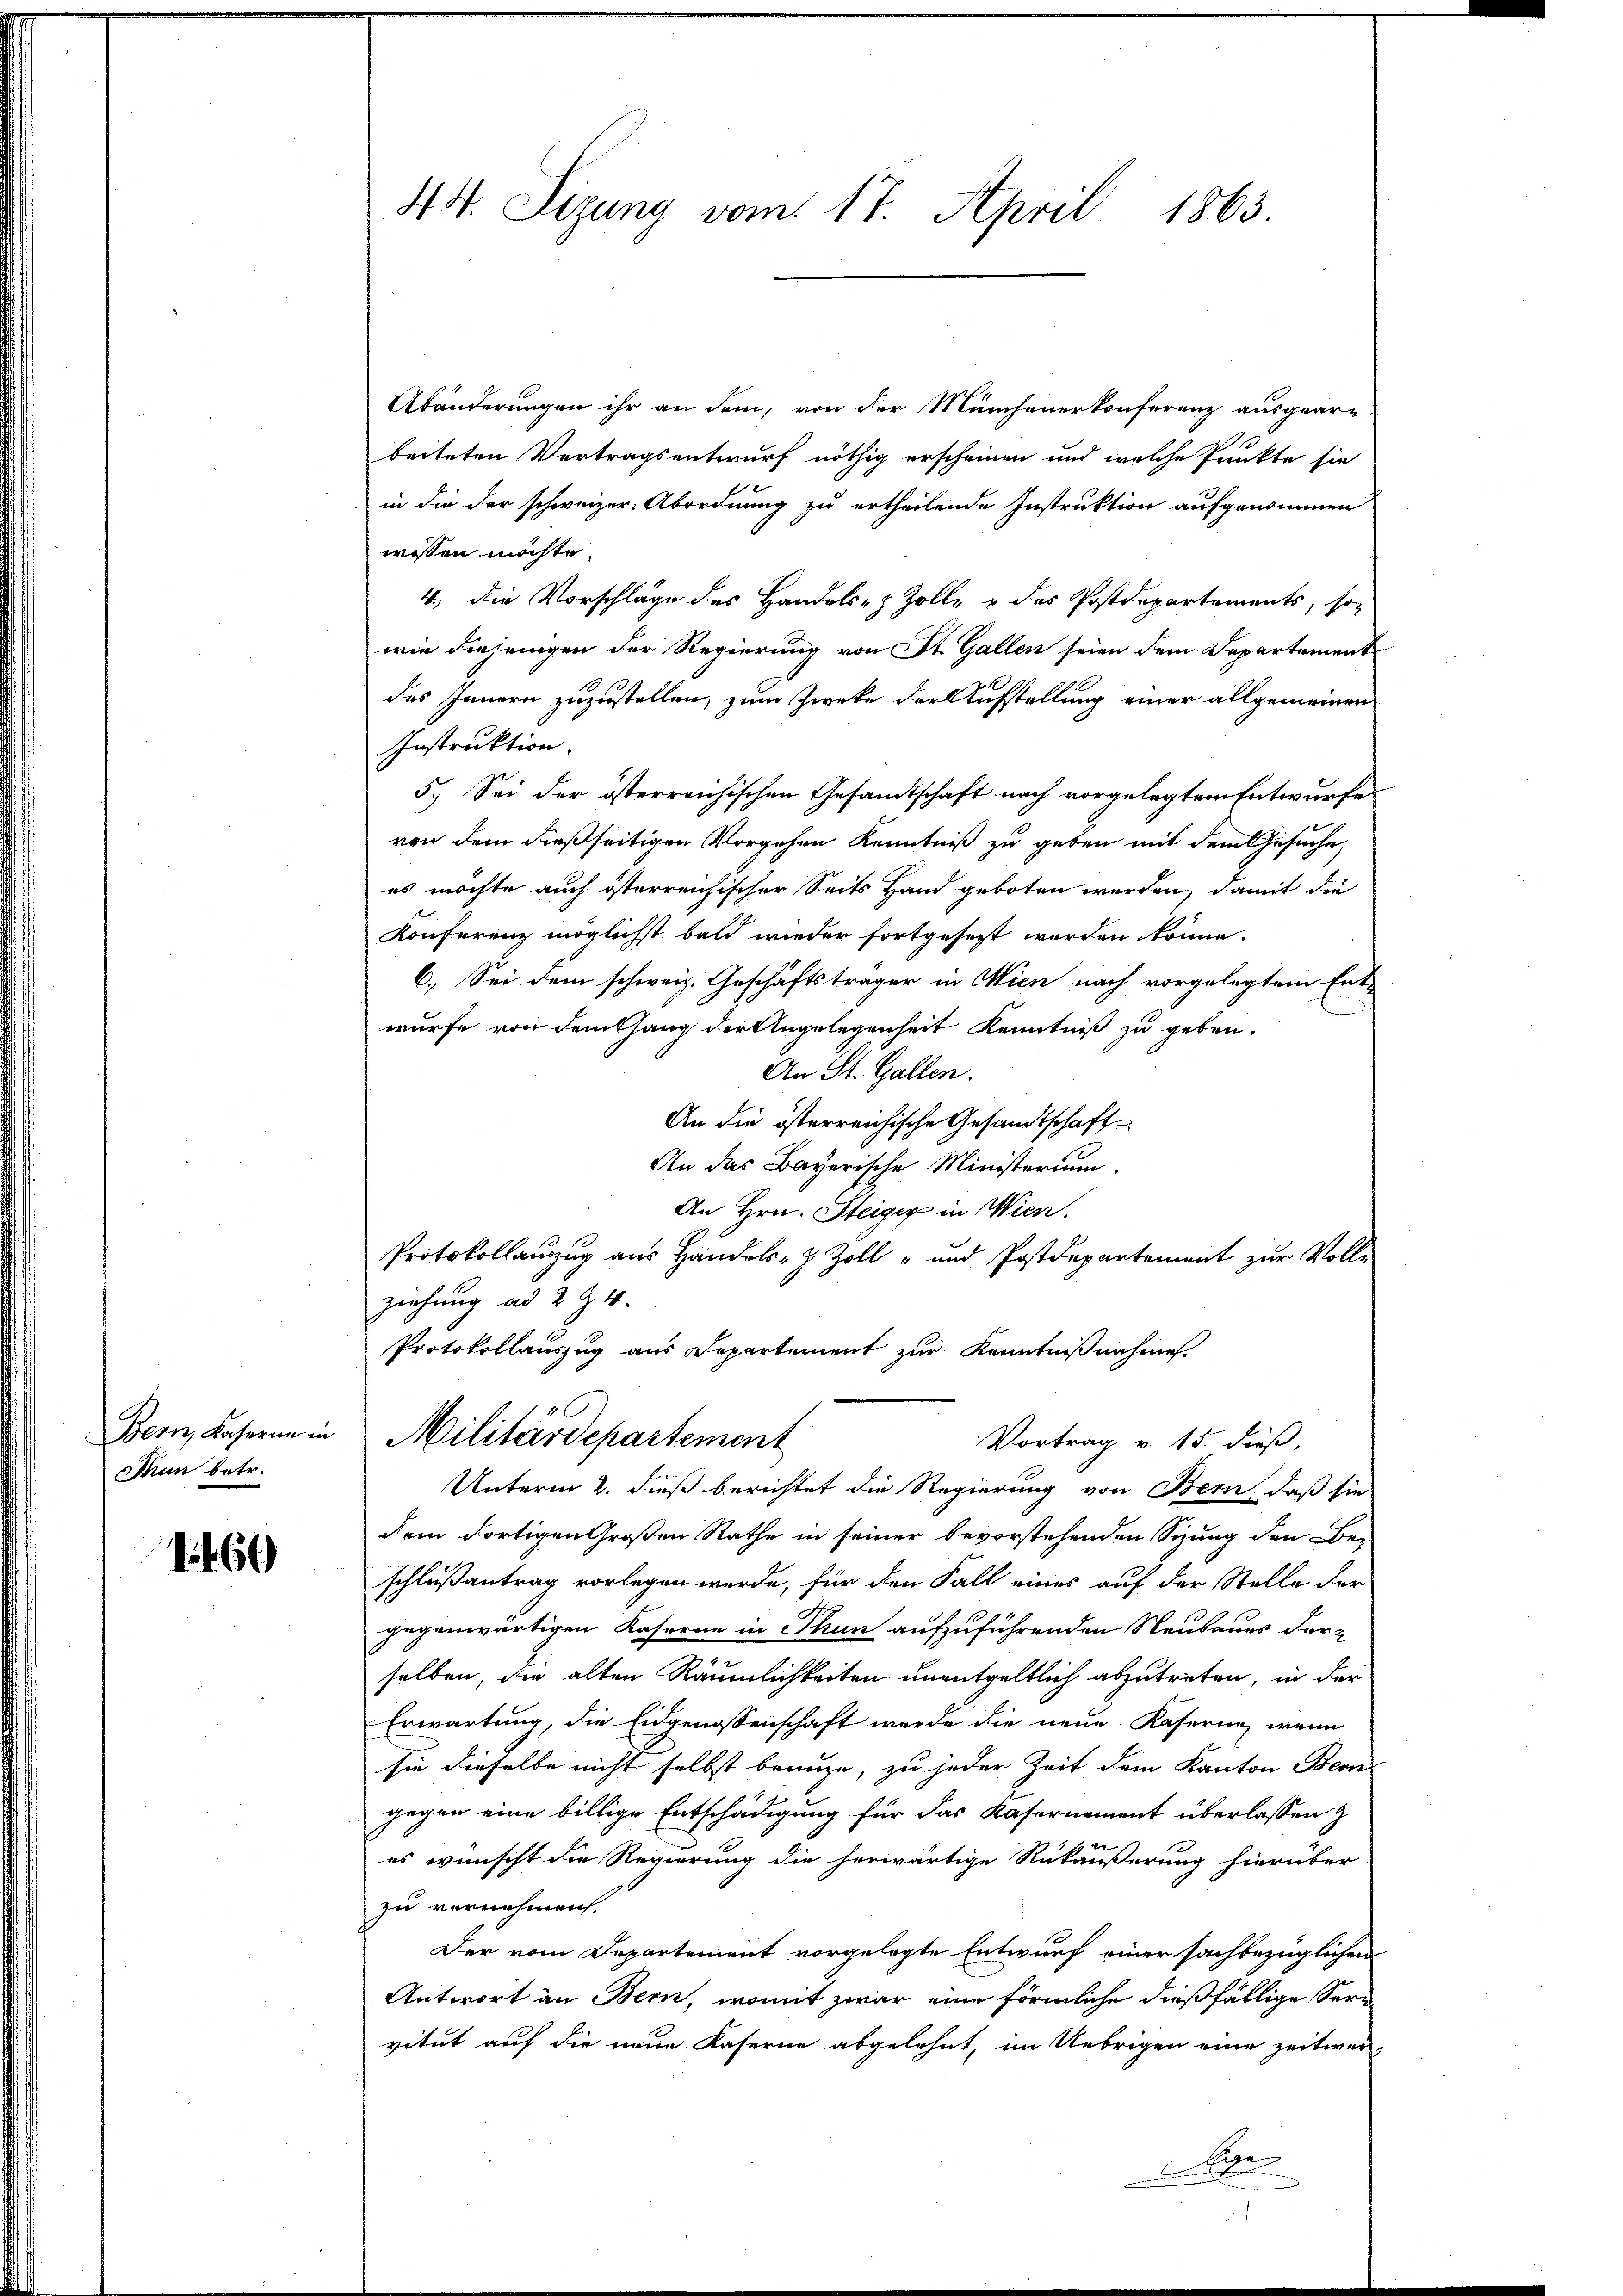
Bern, Kaserne in
Thun betr.

1. 460

44. Sizung vom 17. April 1863.

Abänderungen ihr an dem, von der Münchenerkonferenz ausgear-
beiteten Vertragsentwurf nöthig erscheinen und welche Punkte sie
in die der schweizer. Abordnung zu ertheilende Instruktion aufgenommen
wissen möchte.
4., die Vorschläge des Handels- & Zolle & das Postdepartements, so-
wie diejenigen der Regierung von St. Gallen seien dem Departament
des Innern zuzustellen, zum Zwecke der Aufstellung einer allgemeinen
Instruktion.
5.) Sei der österreichischen Gesandtschaft nach vorgelegtem Entwurfe
von dem dießseitigen Vorgehen Kenntniß zu geben mit dem Gesuche,
es möchte auch österreichischer Seits Hand geboten werden, damit die
Konferenz möglichst bald wieder fortgesezt werden könne.
6.) Sei dem schweiz. Geschäftsträger in Wien nach vorgelegtem Ent-
wurfe von Demthang der Angelegenheit Kenntniß zu geben.
An St. Gallen.
An die österreichische Gesandtschaft
An das Bayerische Ministerium.
An Hrn. Steiger in Wien.
Protokollauszug aus Handels- & Zoll- und Postdepartement zur Vollziehung ad 2 Z. 4.
Protokollauszug aus Departement zur Kenntnißnahme.
Militärdepartement
Vortrag v. 15. dieß.
Unterm 2. dieß berichtet die Regierung von Bern, daß sie
dem dortigen Großen Rathe in seiner bevorstehenden Sitzung den Be-
schlußantrag vorlegen werde, für den Fall eines auf der Stelle der
gegenwärtigen Kaserne in Thun aufzuführenden Neubaues der z
selben, die alten Räumlichkeiten unentgeltlich abzutreten, in der
Erwartung, die Eidgenossenschaft werde die neue Kaserne, wenn
sie dieselbe nicht selbst brauze, zu jeder Zeit dem Kanton Bern
gegen eine billige Entschädigung für das Kasernement überlassen z
es wünscht die Regierung die herwärtige Rückäußerung hierüber
zu vernehmen.
Der vom Departement vorgelegte Entwurf einer sachbezüglichen
Antwort an Bern, womit zwar eine förmliche dießfällige Seen
vitut auf die neue Kaserne abgelehnt, im Uebrigen eine zeitweie